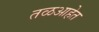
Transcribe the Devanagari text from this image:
तळआहेत